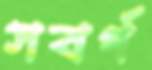
সবর্গ